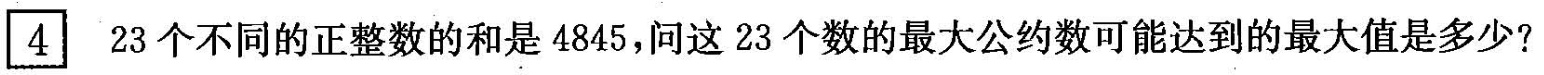
4 23个不同的正整数的和是4845，问这23个数的最大公约数可能达到的最大值是多少?